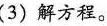
(3)解方程。